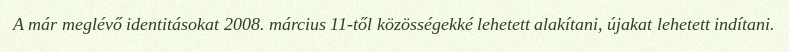
A már meglévő identitásokat 2008. március 11-től közösségekké lehetett alakítani, újakat lehetett indítani.